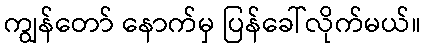
ကျွန်တော် နောက်မှ ပြန်ခေါ်လိုက်မယ်။